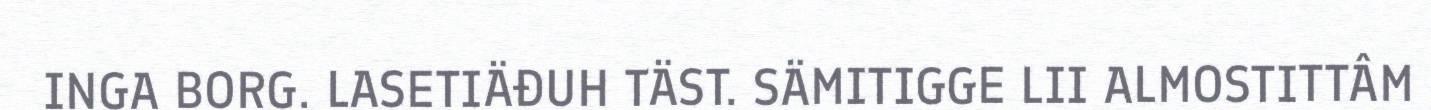
INGA BORG. LASETIÄĐUH TÄST. SÄMITIGGE LII ALMOSTITTÂM